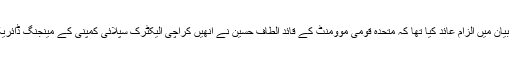
یاد رہے کہ چند روز قبل صولت مرزا نے ایک ویڈیو بیان میں الزام عائد کیا تھا کہ متحدہ قومی موومنٹ کے قائد الطاف حسین نے اُنھیں کراچی الیکٹرک سپلائی کمپنی کے مینجنگ ڈائریکٹر شاہد حامد کو قتل کرنے کے احکامات دیے تھے۔